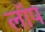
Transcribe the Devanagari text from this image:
लॉप